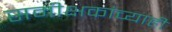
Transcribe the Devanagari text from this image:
समीक्षकांच्याही